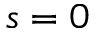
s = 0